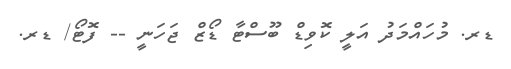
ޑރ. މުހައްމަދު އަލީ ކޮވިޑް ބޫސްޓާ ޑޯޒް ޖަހަނީ -- ފޮޓޯ/ ޑރ.